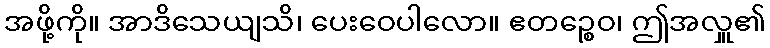
အဖို့ကို။ အာဒိသေယျသိ၊ ပေးဝေပါလော။ ဧတဉ္စေဝ၊ ဤအလှူ၏